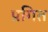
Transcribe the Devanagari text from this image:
प्रगित